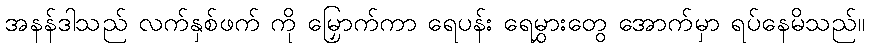
အနန်ဒါသည် လက်နှစ်ဖက် ကို မြှောက်ကာ ရေပန်း ရေမွှားတွေ အောက်မှာ ရပ်နေမိသည်။